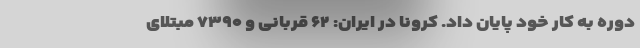
دوره به کار خود پایان داد. کرونا در ایران: ۶۲ قربانی و ۷۳۹۰ مبتلای